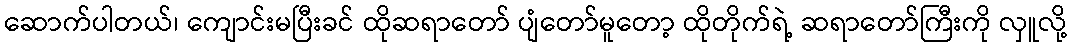
ဆောက်ပါတယ်၊ ကျောင်းမပြီးခင် ထိုဆရာတော် ပျံတော်မူတော့ ထိုတိုက်ရဲ့ ဆရာတော်ကြီးကို လှူလို့